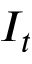
I _ { t }